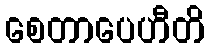
စေတာပေဟီတိ